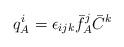
LaTeX: \begin{align*}q_{A}^{i} = \epsilon_{ijk} \bar{f}_{A}^{j} \bar{C}^{k}\end{align*}